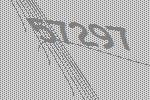
57297